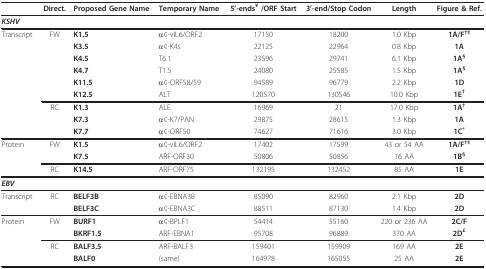
<table><thead><tr><td></td><td><b>Direct.</b></td><td><b>Proposed Gene Name</b></td><td><b>Temporary Name</b></td><td><b>5&#x27;-ends<sup>¥ </sup>/ORF Start</b></td><td><b>3&#x27;-end/Stop Codon</b></td><td><b>Length</b></td><td><b>Figure &amp; Ref.</b></td></tr></thead><tbody><tr><td><b><i>KSHV</i></b></td><td></td><td></td><td></td><td></td><td></td><td></td><td></td></tr><tr><td>Transcript</td><td>FW</td><td><b>K1.5</b></td><td>α¢-vIL6/ORF2</td><td>17150</td><td>18200</td><td>1.0 Kbp</td><td><b>1A/F</b><sup><b>†‡</b></sup></td></tr><tr><td></td><td></td><td><b>K3.5</b></td><td>α¢-K4s</td><td>22125</td><td>22964</td><td>0.8 Kbp</td><td><b>1A</b></td></tr><tr><td></td><td></td><td><b>K4.5</b></td><td>T6.1</td><td>23596</td><td>29741</td><td>6.1 Kbp</td><td><b>1A</b><sup><b>§</b></sup></td></tr><tr><td></td><td></td><td><b>K4.7</b></td><td>T1.5</td><td>24080</td><td>25585</td><td>1.5 Kbp</td><td><b>1A</b><sup><b>§</b></sup></td></tr><tr><td></td><td></td><td><b>K11.5</b></td><td>α¢-ORF58/59</td><td>94589</td><td>96779</td><td>2.2 Kbp</td><td><b>1D</b></td></tr><tr><td></td><td></td><td><b>K12.5</b></td><td>ALT</td><td>120570</td><td>130546</td><td>10.0 Kbp</td><td><b>1E</b><sup><b>†</b></sup></td></tr><tr><td></td><td>RC</td><td><b>K1.3</b></td><td>ALE</td><td>16969</td><td>21</td><td>17.0 Kbp</td><td><b>1A</b><sup><b>†</b></sup></td></tr><tr><td></td><td></td><td><b>K7.3</b></td><td>α¢-K7/PAN</td><td>29875</td><td>28615</td><td>1.3 Kbp</td><td><b>1A</b></td></tr><tr><td></td><td></td><td><b>K7.7</b></td><td>α¢-ORF50</td><td>74627</td><td>71616</td><td>3.0 Kbp</td><td><b>1C</b><sup><b>*</b></sup></td></tr><tr><td>Protein</td><td>FW</td><td><b>K1.5</b></td><td>α¢-vIL6/ORF2</td><td>17402</td><td>17599</td><td>43 or 54 AA</td><td><b>1A/F</b><sup><b>†‡</b></sup></td></tr><tr><td></td><td></td><td><b>K7.5</b></td><td>ARF-ORF30</td><td>50806</td><td>50856</td><td>16 AA</td><td><b>1B</b><sup><b>§</b></sup></td></tr><tr><td></td><td>RC</td><td><b>K14.5</b></td><td>ARF-ORF75</td><td>132195</td><td>132452</td><td>85 AA</td><td><b>1E</b></td></tr><tr><td><b><i>EBV</i></b></td><td></td><td></td><td></td><td></td><td></td><td></td><td></td></tr><tr><td>Transcript</td><td>RC</td><td><b>BELF3B</b></td><td>α¢-EBNA3B</td><td>85090</td><td>82960</td><td>2.1 Kbp</td><td><b>2D</b></td></tr><tr><td></td><td></td><td><b>BELF3C</b></td><td>α¢-EBNA3C</td><td>88511</td><td>87130</td><td>1.4 Kbp</td><td><b>2D</b></td></tr><tr><td>Protein</td><td>FW</td><td><b>BURF1</b></td><td>α¢-BPLF1</td><td>54414</td><td>55160</td><td>220 or 236 AA</td><td><b>2C/F</b></td></tr><tr><td></td><td></td><td><b>BKRF1.5</b></td><td>ARF-EBNA1</td><td>95708</td><td>96889</td><td>370 AA</td><td><b>2D</b><sup><b>£</b></sup></td></tr><tr><td></td><td>RC</td><td><b>BALF3.5</b></td><td>ARF-BALF3</td><td>159401</td><td>159909</td><td>169 AA</td><td><b>2E</b></td></tr><tr><td></td><td></td><td><b>BALF0</b></td><td>(same)</td><td>164978</td><td>165055</td><td>25 AA</td><td><b>2E</b></td></tr></tbody></table>